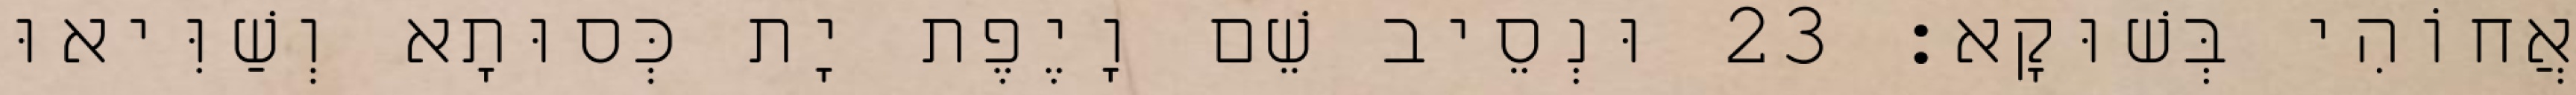
אֲחוֹהִי בְּשׁוּקָא׃ 23 וּנְסֵיב שֵׁם וָיֶפֶת יָת כְּסוּתָא וְשַׁוִּיאוּ